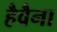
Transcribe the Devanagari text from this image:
हैवैना